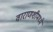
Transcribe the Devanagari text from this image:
वाराणशीमध्ये